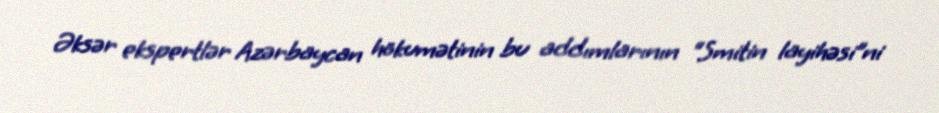
Əksər ekspertlər Azərbaycan hökumətinin bu addımlarının “Smitin layihəsi”ni